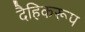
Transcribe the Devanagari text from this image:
दैहिकरूप